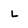
Character: l